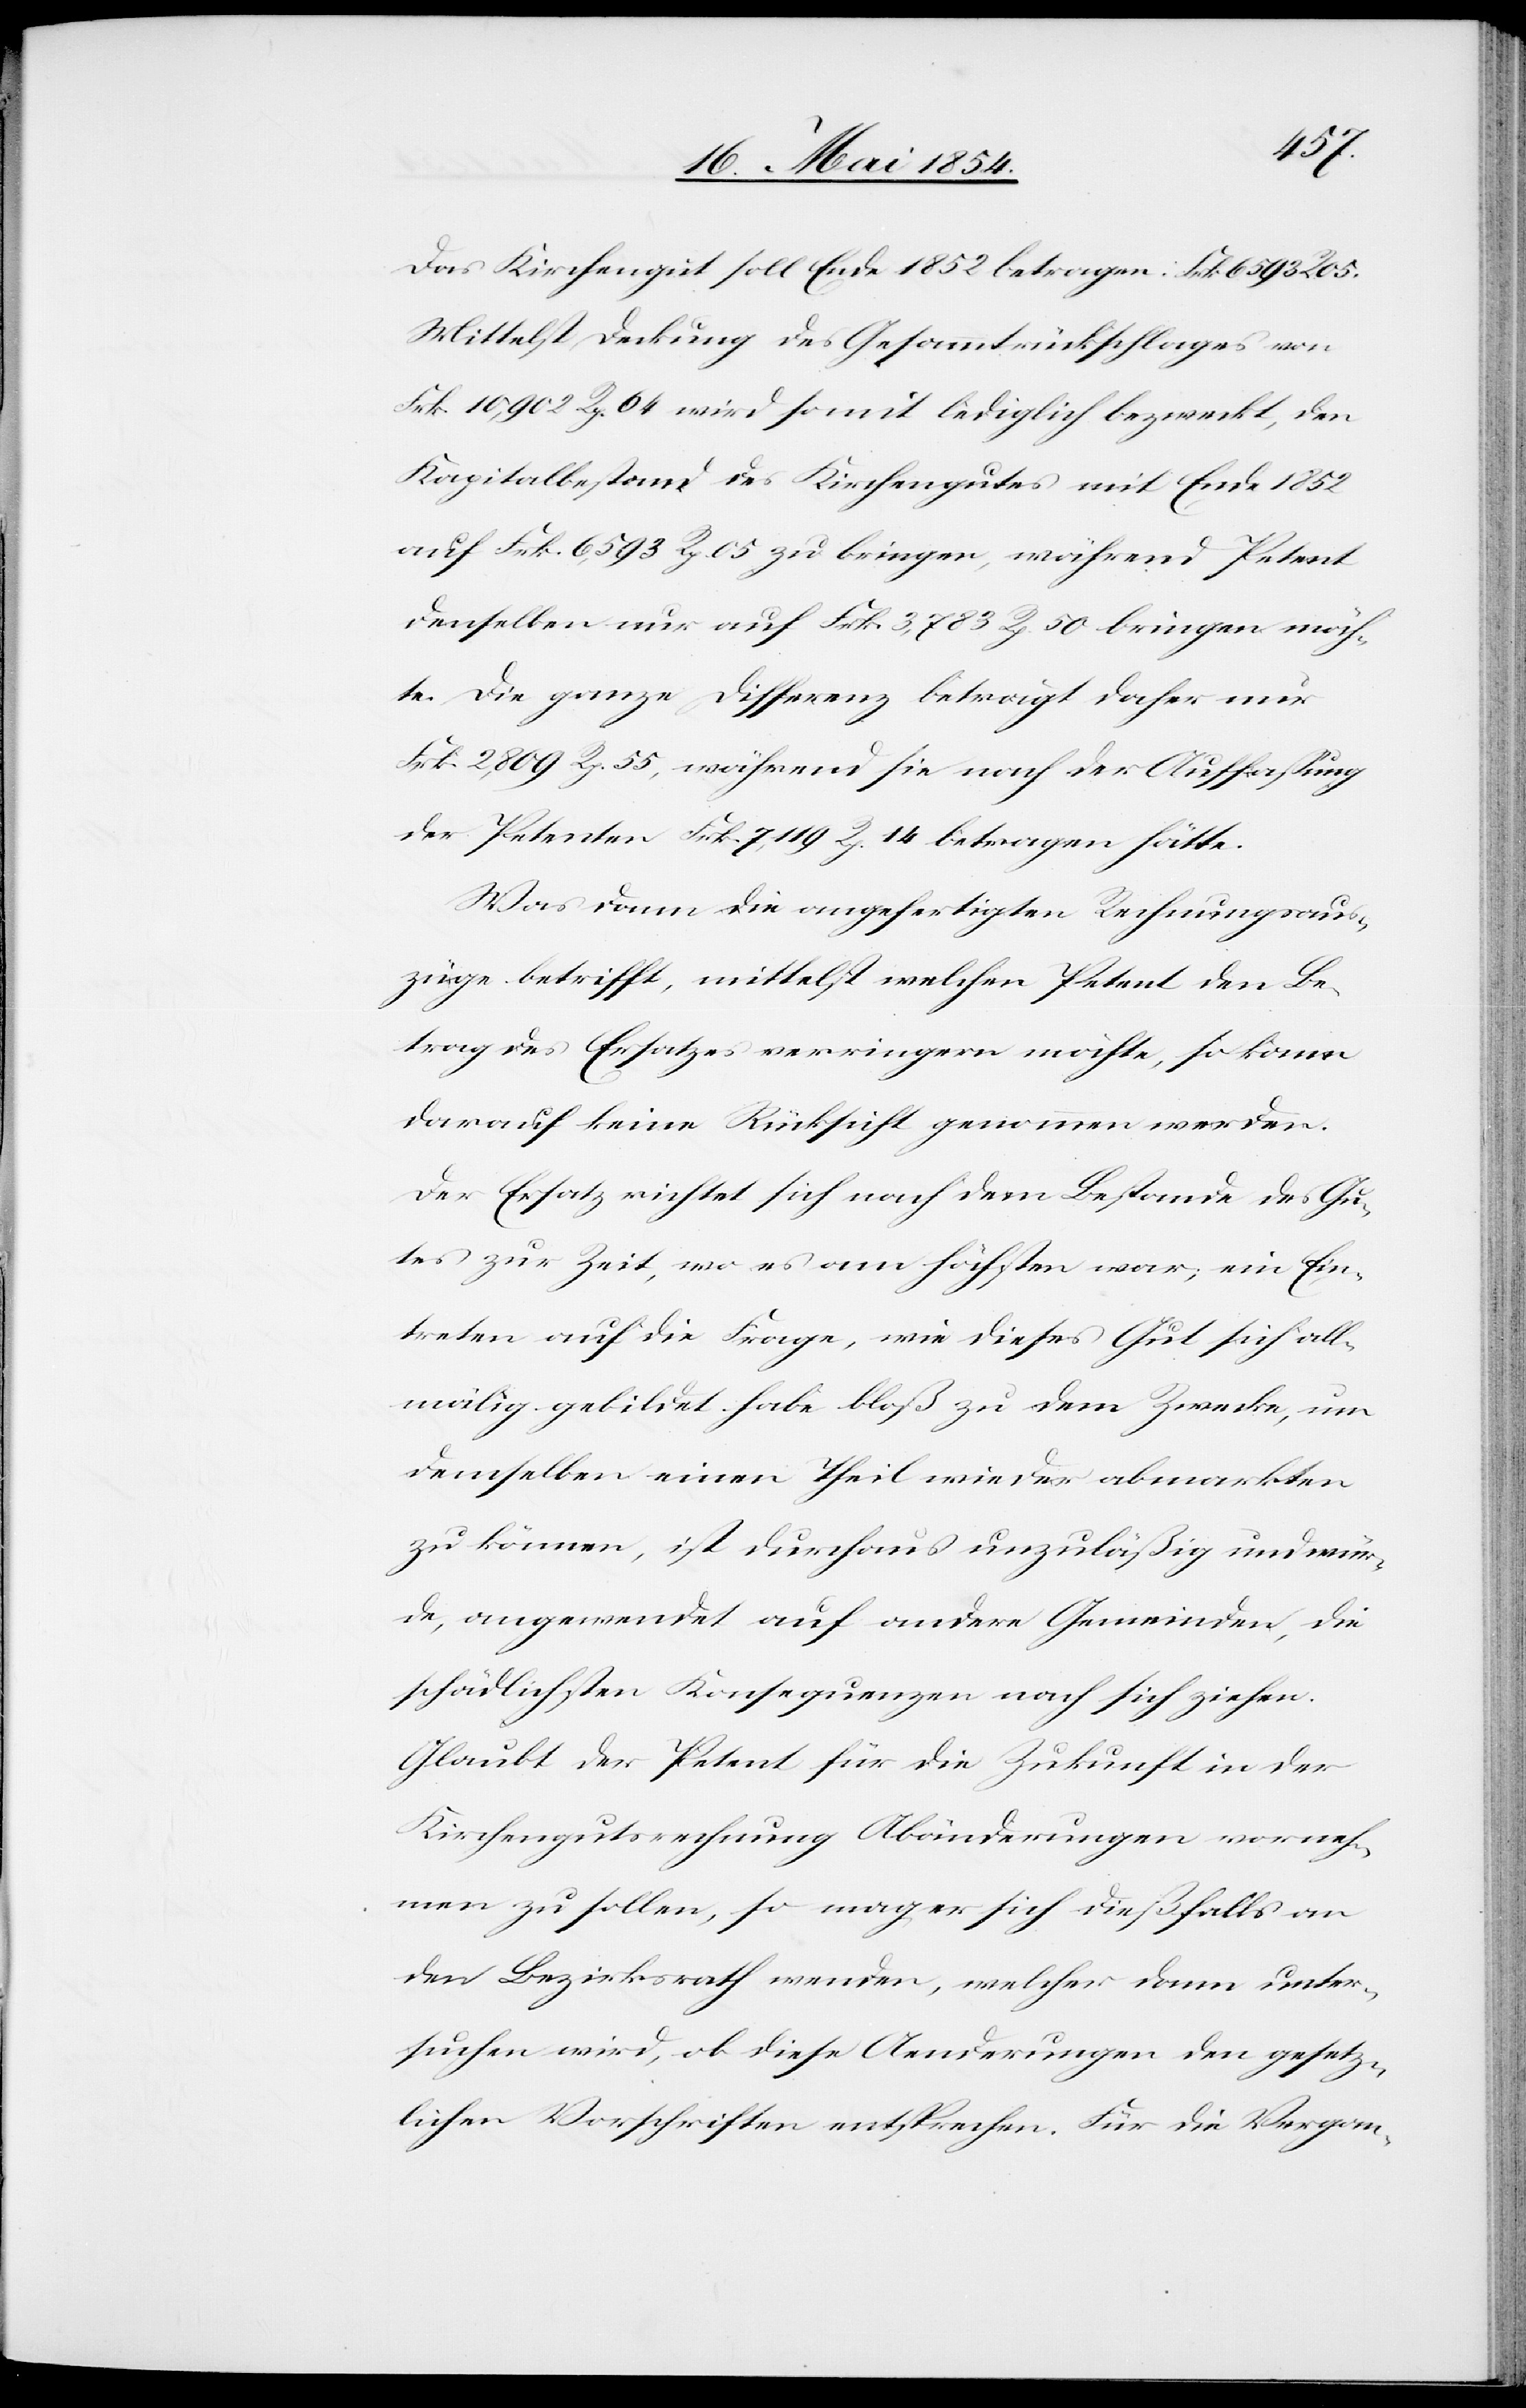
Das Kirchengut soll Ende 1852 betragen:
Mittelst Deckung des Gesammtrückschlages von
Frk. 10,902 Rp. 64 wird somit lediglich bezweckt, den
Kapitalbestand des Kirchengutes mit Ende 1852
auf Frk. 6593 Rp. 05 zu bringen, während Petent
denselben nur auf Frk. 3,783 Rp. 50 bringen möch¬
te. Die ganze Differenz beträgt daher nur
Frk. 2,809 Rp. 55, während sie nach der Auffaßung
der Petenten Frk. 7,119 Rp. 14 betragen hätte.
Was dann die angefertigten Rechnungsaus¬
züge betrifft, mittelst welchen Petent den Be¬
trag des Ersatzes verringern möchte, so kann
darauf keine Rücksicht genommen werden.
Der Ersatz richtet sich nach dem Bestande des Gu¬
tes zur Zeit, wo es am höchsten war; ein Ein¬
treten auf die Frage, wie dieses Gut sich all¬
mälig gebildet habe bloß zu dem Zwecke, um
demselben einen Theil wieder abmarkten
zu können, ist durchaus unzuläßig und wür¬
de, angewendet auf andere Gemeinden, die
schädlichsten Konsequenzen nach sich ziehen.
Glaubt der Petent für die Zukunft in der
Kirchengutsrechnung Abänderungen vorneh¬
men zu sollen, so mag er sich dießfalls an
den Bezirksrath wenden, welcher dann unter¬
suchen wird, ob diese Aenderungen den gesetz¬
lichen Vorschriften entsprechen. Für die Vergan-